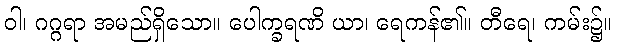
ဝါ၊ ဂဂ္ဂရာ အမည်ရှိသော။ ပေါက္ခရဏိ ယာ၊ ရေကန်၏။ တီရေ၊ ကမ်း၌။